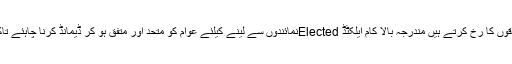
استور میں نہ پرائیویٹ سیکٹرہے اور نہ ہیN.G.Osبالائی علاقوں کا رخ کرتے ہیں مندرجہ بالا کام ایلکٹڈ Electedنمائندوں سے لینے کیلئے عوام کو متحد اور متفق ہو کر ڈیمانڈ کرنا چاہئے تاکہ منتخب نمائندے محض سالانہ ترقیاتی بجٹ پر اکتفا نہ کریں۔